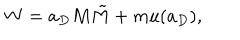
W = a _ { D } M \tilde { M } + m u ( a _ { D } ) ,